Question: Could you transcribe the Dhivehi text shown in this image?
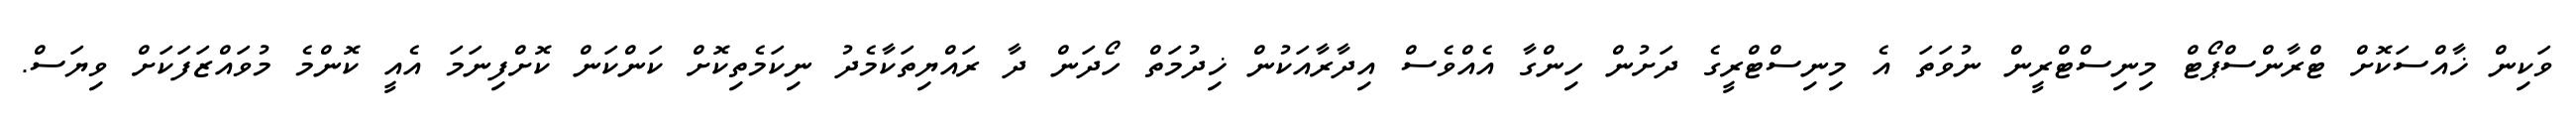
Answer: ވަކިން ޚާއްސަކޮށް ޓްރާންސްޕޯޓް މިނިސްޓްރީން ނުވަތަ އެ މިނިސްޓްރީގެ ދަށުން ހިންގާ އެއްވެސް އިދާރާއަކުން ޚިދުމަތް ހޯދަން ދާ ރައްޔިތަކާމެދު ނިކަމެތިކޮށް ކަންކަން ކޮށްފިނަމަ އެއީ ކޮންމެ މުވައްޒަފަކަށް ވިޔަސް.